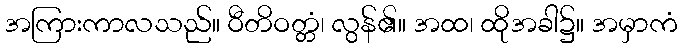
အကြားကာလသည်။ ဝီတိဝတ္တံ၊ လွန်၏။ အထ၊ ထိုအခါ၌။ အမှာကံ